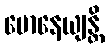
မောနေယျန္တိ